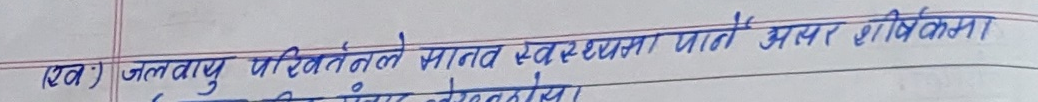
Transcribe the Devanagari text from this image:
(एव) जलवायु परिवर्तनले मानव स्वास्थ्यमा पार्ने असर शीर्षकमा ।